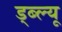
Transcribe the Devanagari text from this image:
ड्ब्ल्यू